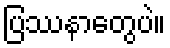
ပြဿနာတွေပဲ။